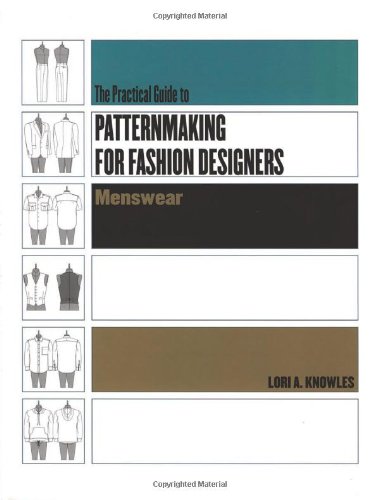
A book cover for Practical Guide to Patternmaking for Fashion Designers: Menswear; Lori A. Knowles; Arts & Photography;